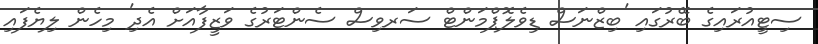
ސިޓީއުރައިގެ ބޭރުގައި 'ބިޒްނަސް ޑިވެލޮޕްމަންޓް ސަރވިސް ސެންޓަރުގެ ވަޒީފާއަށް އެދި' މިހެން ލިޔެފައި